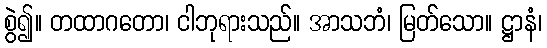
စွဲ၍။ တထာဂတော၊ ငါဘုရားသည်။ အာသဘံ၊ မြတ်သော။ ဋ္ဌာနံ၊